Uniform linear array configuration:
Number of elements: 8
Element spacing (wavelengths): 0.5
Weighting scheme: blackman
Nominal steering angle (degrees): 30
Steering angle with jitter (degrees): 29.909
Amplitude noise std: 0.05
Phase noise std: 0.05

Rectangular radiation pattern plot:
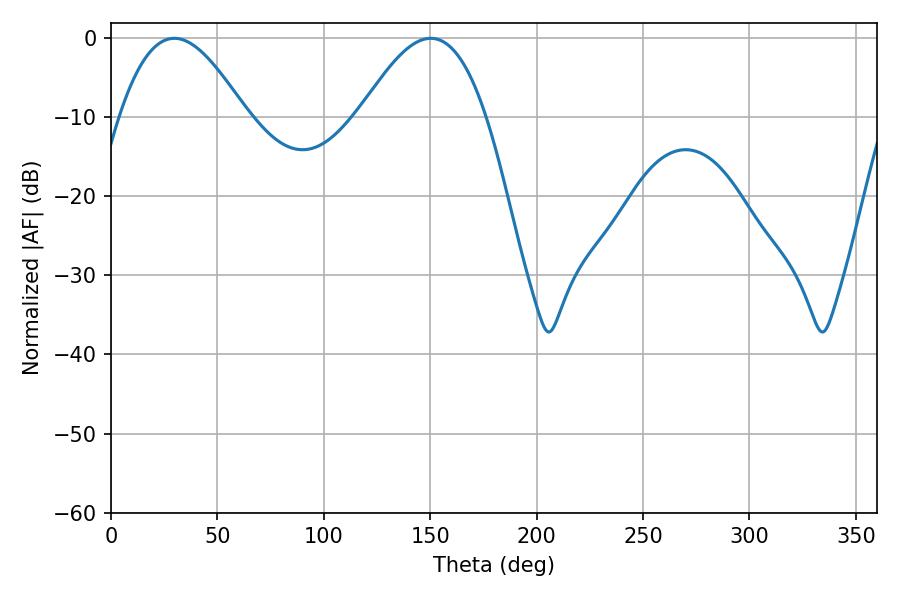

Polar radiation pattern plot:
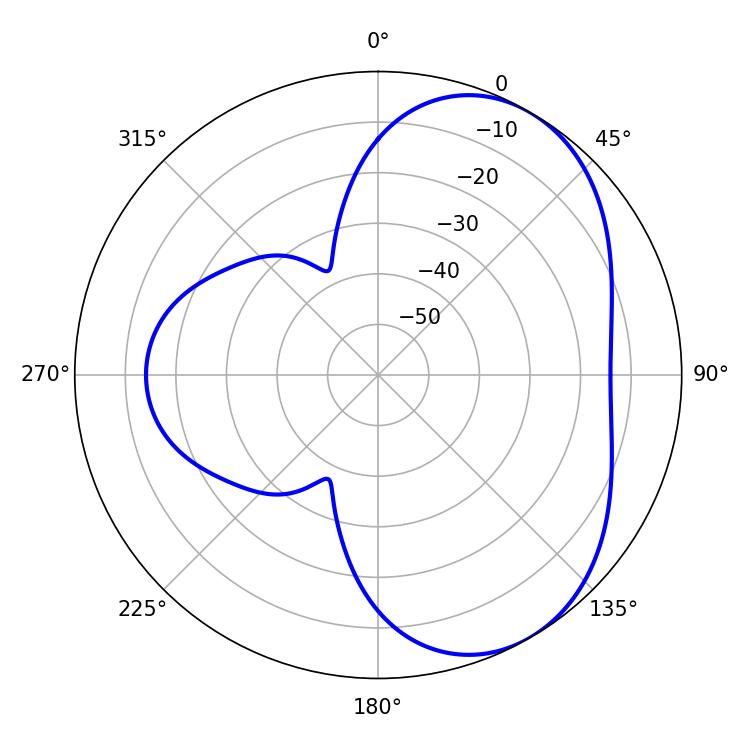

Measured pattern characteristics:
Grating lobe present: FALSE
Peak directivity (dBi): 4.942
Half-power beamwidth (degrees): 32.22
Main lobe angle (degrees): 29.7